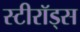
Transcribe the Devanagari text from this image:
स्टीरॉड्स